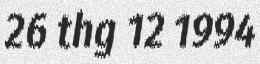
26 thg 12 1994